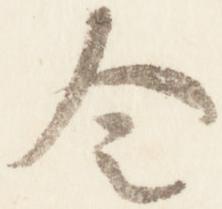
令